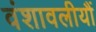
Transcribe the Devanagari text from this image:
वंशावलीयौं